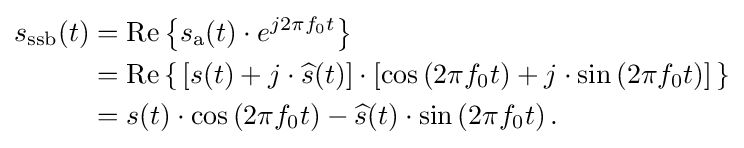
{\begin{aligned}s_{\text{ssb}}(t)&=\operatorname {Re} \left\{s_{\mathrm {a} }(t)\cdot e^{j2\pi f_{0}t}\right\}\\&=\operatorname {Re} \left\{\,\left[s(t)+j\cdot {\widehat {s}}(t)\right]\cdot \left[\cos \left(2\pi f_{0}t\right)+j\cdot \sin \left(2\pi f_{0}t\right)\right]\,\right\}\\&=s(t)\cdot \cos \left(2\pi f_{0}t\right)-{\widehat {s}}(t)\cdot \sin \left(2\pi f_{0}t\right).\end{aligned}}